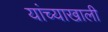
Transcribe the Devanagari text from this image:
यांच्याखाली